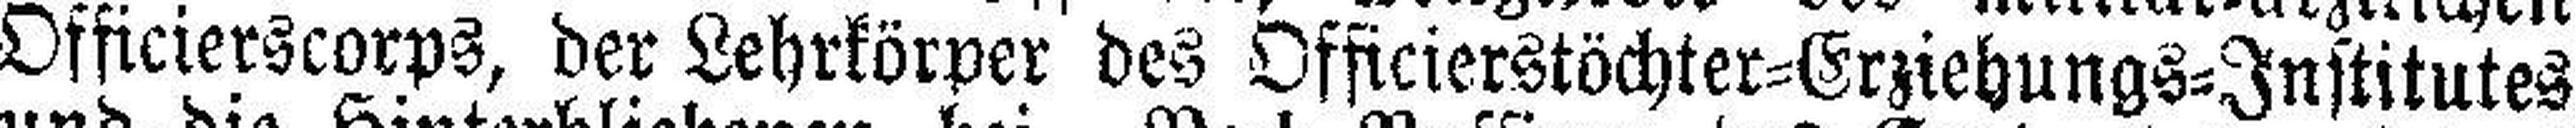
Officierscorps, der Lehrkörper des Officierstöchter=Erziehungs=Institutes